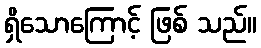
ရှိသောကြောင့် ဖြစ် သည်။